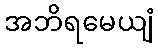
အဘိရမေယျံ